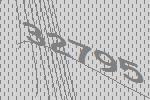
32795